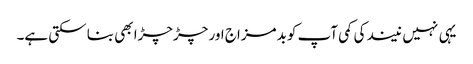
یہی نہیں نیند کی کمی آپ کو بدمزاج اور چڑچڑا بھی بنا سکتی ہے۔